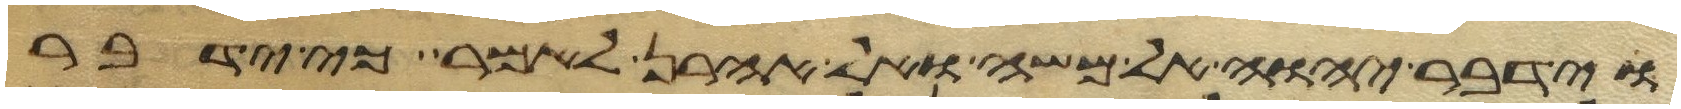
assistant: וידבר יהוה אל משה ואל אהרן לאמר כי ידבר